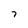
Character: 7